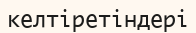
келтіретіндері